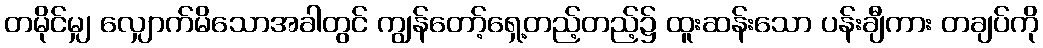
တမိုင်မျှ လျှောက်မိသောအခါတွင် ကျွန်တော့်ရှေ့တည့်တည့်၌ ထူးဆန်းသော ပန်းချီကား တချပ်ကို